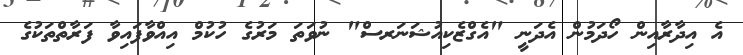
އެ އިދާރާއިން ހޯދަމުން އެދަނީ "އެގްޒެކިއުޝަނަރސް" ނުވަތަ މަރުގެ ހުކުމް އިއްވާފައިވާ ފަރާތްތަކުގެ